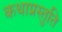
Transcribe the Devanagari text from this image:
कथाप्रस्तुति